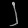
Digit: ၂